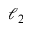
\ell _ { 2 }